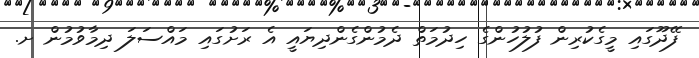
ފޭދޫގައި މީގެކުރިން ފުލުހުންގެ ހިދުމަތް ދެމުންގެންދިޔައީ އެ ރަށުގައި މައްސަލަ ދިމާވުމުން ށ.